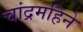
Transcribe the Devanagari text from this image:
चांद्रमहिने